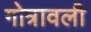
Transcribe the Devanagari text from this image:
गोत्रावली